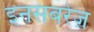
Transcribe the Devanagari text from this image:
इनसबरेज़